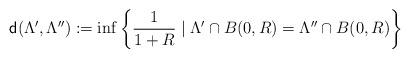
LaTeX: \begin{align*} \mathsf{d}(\Lambda ', \Lambda ''):= \inf \left\lbrace \dfrac{1}{1+R} \; \vert \; \Lambda ' \cap B(0,R) = \Lambda ''\cap B(0,R) \right\rbrace \end{align*}